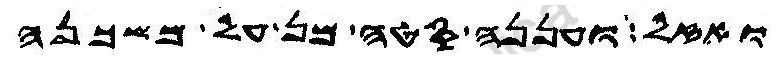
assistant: ואזל ועננה סטה מן על משכנה